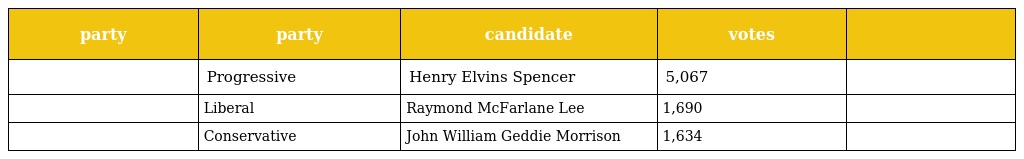
| party | party | candidate | votes |  |
 | --- | --- | --- | --- | --- |
 |  | Progressive | Henry Elvins Spencer | 5,067 |  |
 |  | Liberal | Raymond McFarlane Lee | 1,690 |  |
 |  | Conservative | John William Geddie Morrison | 1,634 |  |